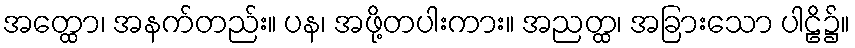
အတ္ထော၊ အနက်တည်း။ ပန၊ အဖို့တပါးကား။ အညတ္ထ၊ အခြားသော ပါဠိ၌။